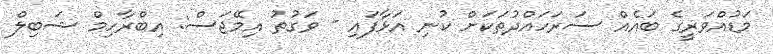
މަޑުއްވަރީގެ ބައެއް ސަރަހައްދުތަކަށް ކުނި އަޅާފައި - ވަގުތު އިމޭޖަސް: އިބްރާހިމް ޝަބިލް